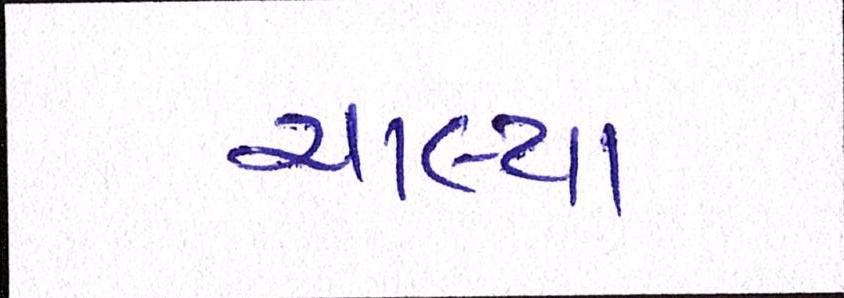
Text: ચાલ્યા